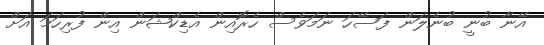
އޭނާ ބުނީ ބުނެލަން ފަސޭހަ ނަމަވެސް ހެރޮއިން އެޑިކްޝަން އިން ފުރިހަމަ އަށް